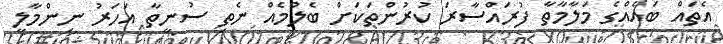
އެތައް ބައެއްގެ މަލާމާތާ ފުރައްސާރަ ކުރުންތަކަށް ބެލުމެއް ނެތި ސުނީތާ އަހަރު ނިންމާލީ